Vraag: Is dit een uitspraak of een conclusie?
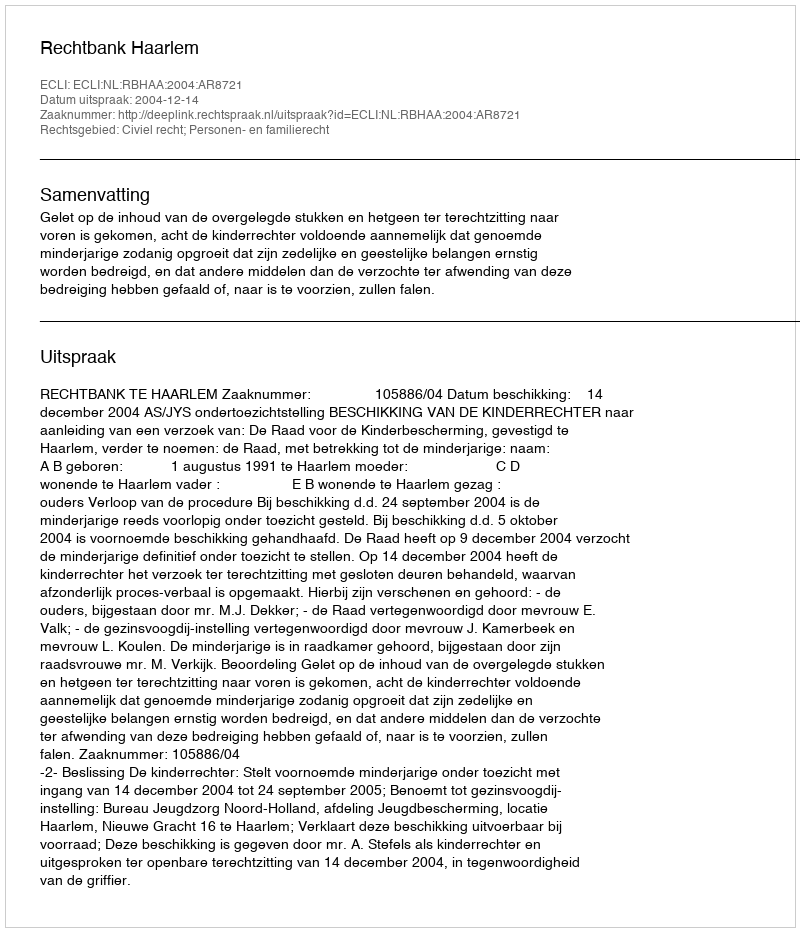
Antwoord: Uitspraak